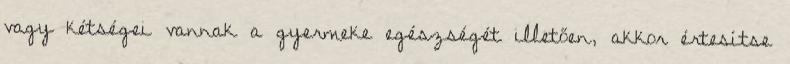
vagy kétségei vannak a gyermeke egészségét illetően, akkor értesítse